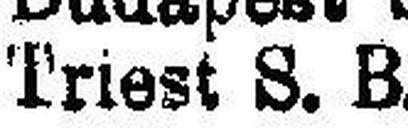
Triest S. B.